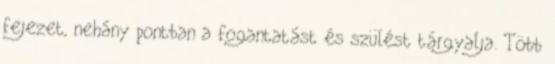
fejezet, nehány pontban a fogantatást és szülést tárgyalja. Több